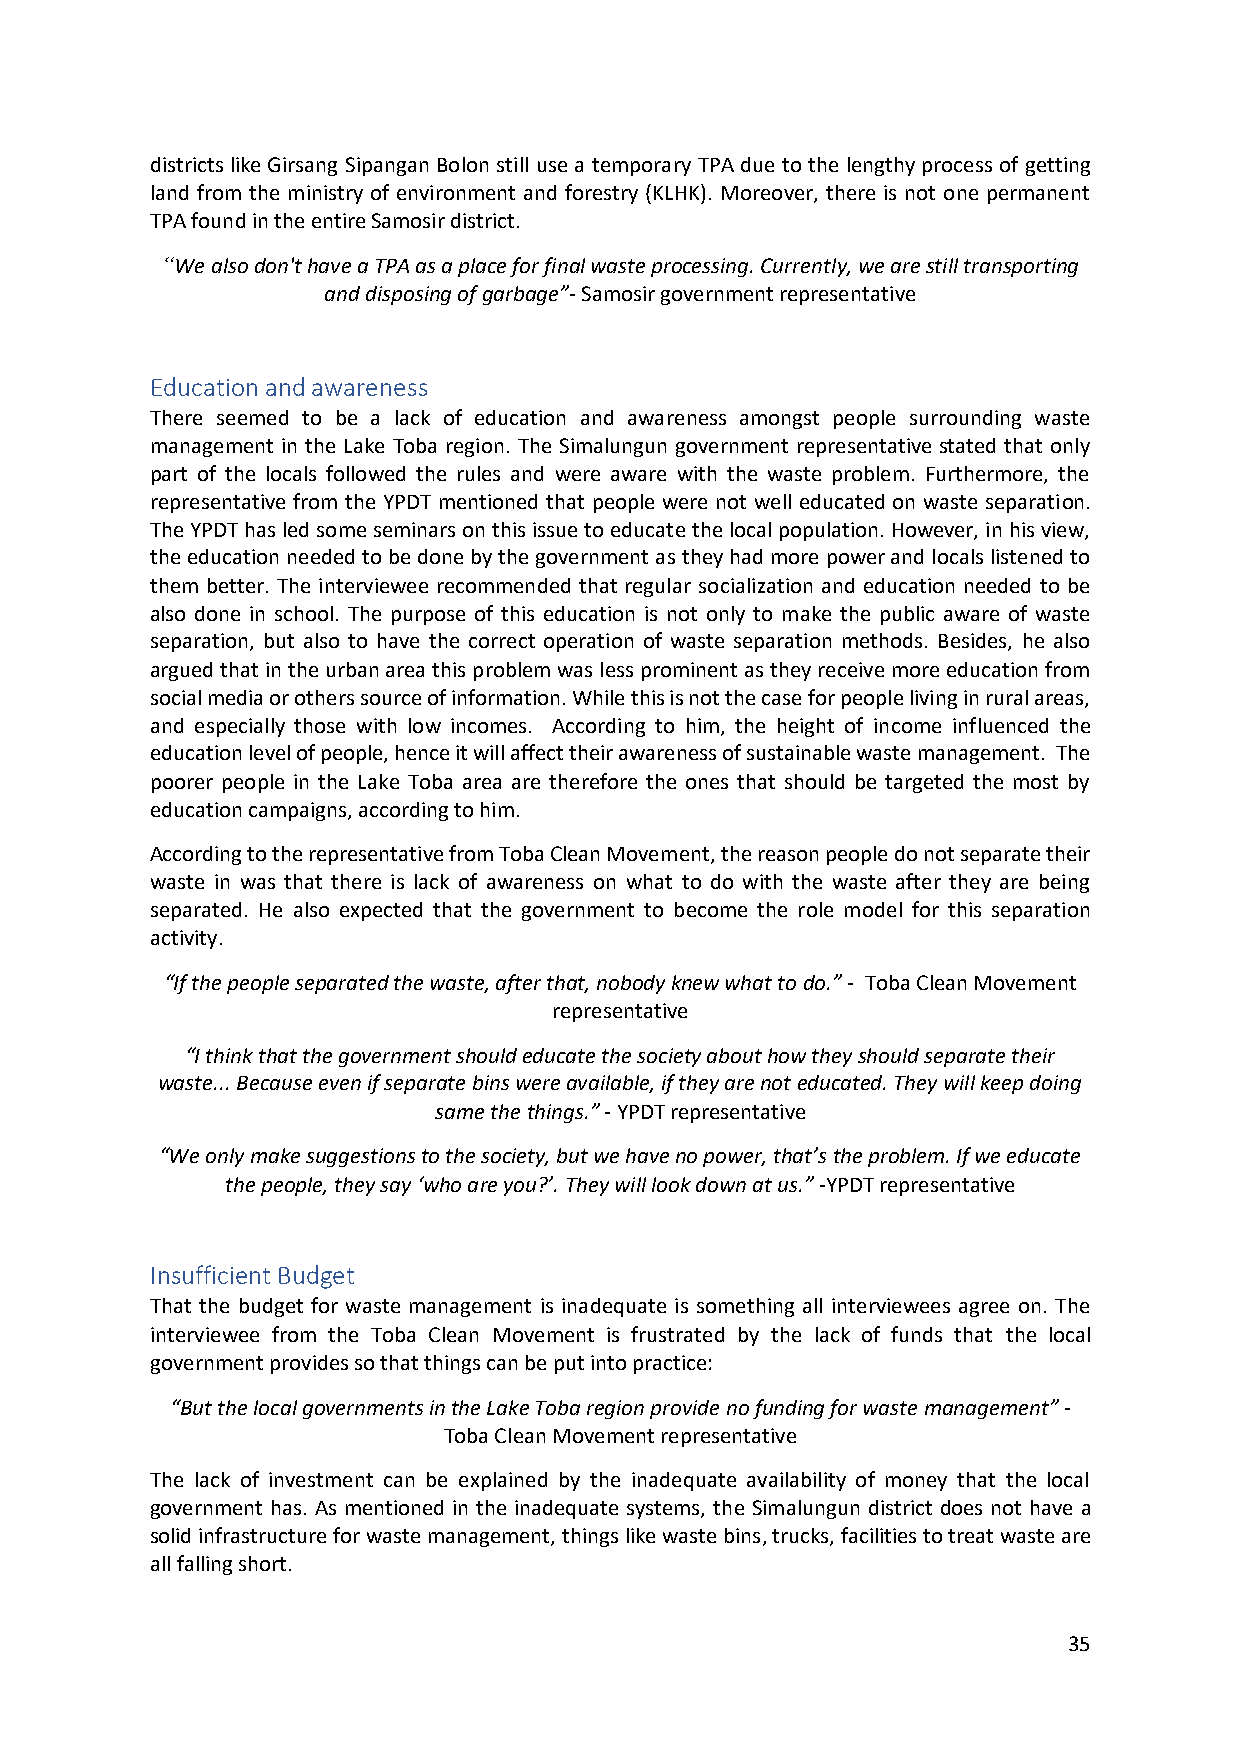
districts like Girsang Sipangan Bolon still use a temporary TPA due to the lengthy process of getting
 land from the ministry of environment and forestry (KLHK). Moreover, there is not one permanent
 TPA found in the entire Samosir district.
 “We also don't have a TPA as a place for final waste processing. Currently, we are still transporting
 and disposing of garbage”- Samosir government representative
 Education and awareness
 There seemed to be a lack of education and awareness amongst people surrounding waste
 management in the Lake Toba region. The Simalungun government representative stated that only
 part of the locals followed the rules and were aware with the waste problem. Furthermore, the
 representative from the YPDT mentioned that people were not well educated on waste separation.
 The YPDT has led some seminars on this issue to educate the local population. However, in his view,
 the education needed to be done by the government as they had more power and locals listened to
 them better. The interviewee recommended that regular socialization and education needed to be
 also done in school. The purpose of this education is not only to make the public aware of waste
 separation, but also to have the correct operation of waste separation methods. Besides, he also
 argued that in the urban area this problem was less prominent as they receive more education from
 social media or others source of information. While this is not the case for people living in rural areas,
 and especially those with low incomes. According to him, the height of income influenced the
 education level of people, hence it will affect their awareness of sustainable waste management. The
 poorer people in the Lake Toba area are therefore the ones that should be targeted the most by
 education campaigns, according to him.
 According to the representative from Toba Clean Movement, the reason people do not separate their
 waste in was that there is lack of awareness on what to do with the waste after they are being
 separated. He also expected that the government to become the role model for this separation
 activity.
 “If the people separated the waste, after that, nobody knew what to do.” - Toba Clean Movement
 representative
 “I think that the government should educate the society about how they should separate their
 waste... Because even if separate bins were available, if they are not educated. They will keep doing
 same the things.” - YPDT representative
 “We only make suggestions to the society, but we have no power, that’s the problem. If we educate
 the people, they say ‘who are you?’. They will look down at us.” -YPDT representative
 Insufficient Budget
 That the budget for waste management is inadequate is something all interviewees agree on. The
 interviewee from the Toba Clean Movement is frustrated by the lack of funds that the local
 government provides so that things can be put into practice:
 “But the local governments in the Lake Toba region provide no funding for waste management” -
 Toba Clean Movement representative
 The lack of investment can be explained by the inadequate availability of money that the local
 government has. As mentioned in the inadequate systems, the Simalungun district does not have a
 solid infrastructure for waste management, things like waste bins, trucks, facilities to treat waste are
 all falling short.
 35